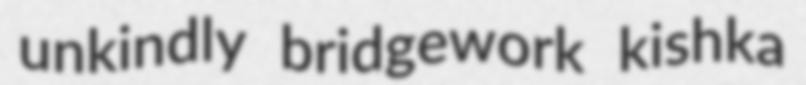
unkindly bridgework kishka